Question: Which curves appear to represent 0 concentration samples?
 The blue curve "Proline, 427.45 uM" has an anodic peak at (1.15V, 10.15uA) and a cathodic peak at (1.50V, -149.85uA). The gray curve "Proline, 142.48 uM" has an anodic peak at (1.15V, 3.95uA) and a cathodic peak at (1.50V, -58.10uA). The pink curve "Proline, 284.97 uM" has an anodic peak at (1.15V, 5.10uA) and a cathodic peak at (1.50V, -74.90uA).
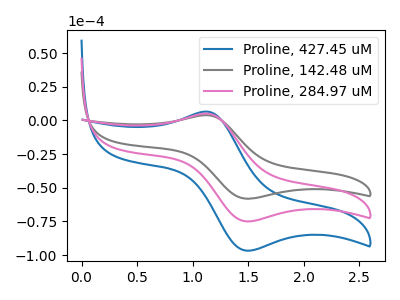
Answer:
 <answer>There are not any CV's on this graph that are likely to be blanks.</answer>
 <eval>none</eval>